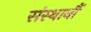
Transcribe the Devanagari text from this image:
संस्थानौं